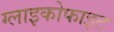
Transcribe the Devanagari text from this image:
ग्लाइकोफाइट